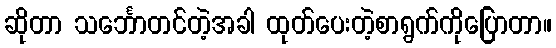
ဆိုတာ သင်္ဘောတင်တဲ့အခါ ထုတ်ပေးတဲ့စာရွက်ကိုပြောတာ။